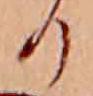
る